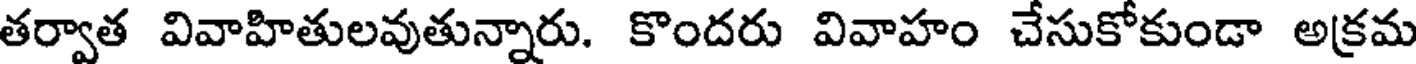
తర్వాత వివాహితులవుతున్నారు. కొందరు వివాహం చేసుకోకుండా అక్రమ